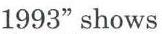
1993" shows